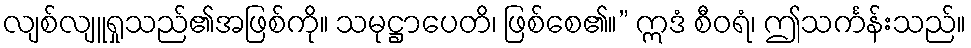
လျစ်လျူရှုသည်၏အဖြစ်ကို။ သမုဋ္ဌာပေတိ၊ ဖြစ်စေ၏။” ဣဒံ စီဝရံ၊ ဤသင်္ကန်းသည်။